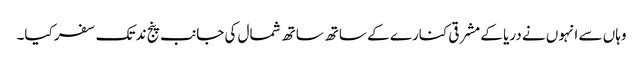
وہاں سے انہوں نے دریا کے مشرقی کنارے کے ساتھ ساتھ شمال کی جانب پنج ند تک سفر کیا۔